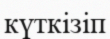
күткізіп